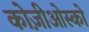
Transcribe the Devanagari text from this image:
कोज़ीओस्को